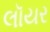
લૉયર